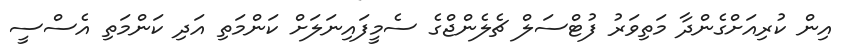
އިން ކުރިއަށްގެންދާ މަތިވަރު ފުޓްސަލް ޗެލެންޖްގެ ސެމީފައިނަލަށް ކަންމަތި އަދި ކަންމަތި އެސްސީ